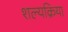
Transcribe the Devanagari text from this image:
शल्‍यक्रिया